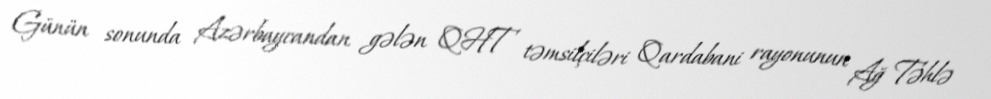
Günün sonunda Azərbaycandan gələn QHT təmsilçiləri Qardabani rayonunun Ağ Təhlə